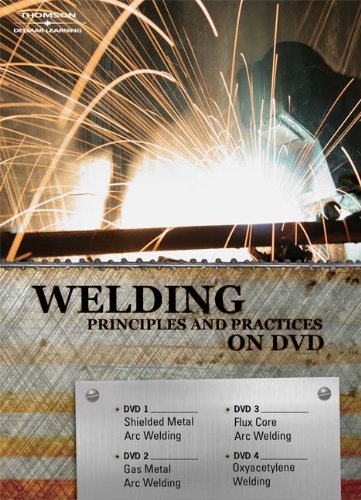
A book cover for Welding Principles and Practices on DVD; Cengage Learning Delmar; Business & Money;